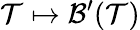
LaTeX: \mathcal{T}\mapsto\mathcal{{B}}^{\prime}(\mathcal{T})